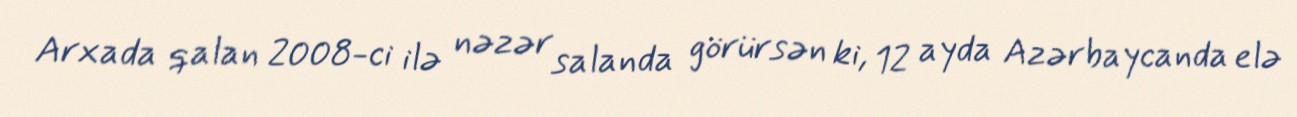
Arxada qalan 2008-ci ilə nəzər salanda görürsən ki, 12 ayda Azərbaycanda elə